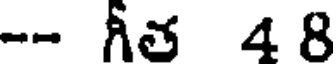
-- గీత 4 8